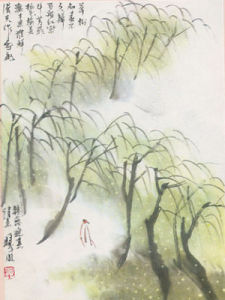
杨花榆荚无才思，惟解漫天作雪飞。